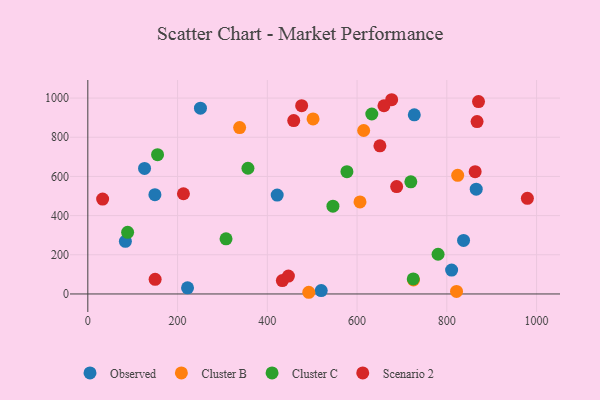
{"axis": {"x": "Speed", "y": "Demand"}, "legend": ["Cluster B", "Cluster C", "Observed", "Scenario 2"], "data": [{"x": "865.5", "y": 535.0, "type": "Observed"}, {"x": "520.1", "y": 17.1, "type": "Observed"}, {"x": "837.3", "y": 273.5, "type": "Observed"}, {"x": "727.5", "y": 914.3, "type": "Observed"}, {"x": "126.4", "y": 640.9, "type": "Observed"}, {"x": "810.7", "y": 122.0, "type": "Observed"}, {"x": "149.5", "y": 507.0, "type": "Observed"}, {"x": "83.7", "y": 268.6, "type": "Observed"}, {"x": "251.0", "y": 948.5, "type": "Observed"}, {"x": "222.2", "y": 31.2, "type": "Observed"}, {"x": "422.0", "y": 504.9, "type": "Observed"}, {"x": "821.6", "y": 13.0, "type": "Cluster B"}, {"x": "338.3", "y": 849.5, "type": "Cluster B"}, {"x": "614.7", "y": 834.5, "type": "Cluster B"}, {"x": "725.7", "y": 71.2, "type": "Cluster B"}, {"x": "492.4", "y": 8.6, "type": "Cluster B"}, {"x": "501.9", "y": 893.8, "type": "Cluster B"}, {"x": "824.2", "y": 605.6, "type": "Cluster B"}, {"x": "606.5", "y": 470.0, "type": "Cluster B"}, {"x": "725.2", "y": 76.9, "type": "Cluster C"}, {"x": "577.4", "y": 624.5, "type": "Cluster C"}, {"x": "308.0", "y": 281.4, "type": "Cluster C"}, {"x": "546.2", "y": 448.2, "type": "Cluster C"}, {"x": "632.8", "y": 918.8, "type": "Cluster C"}, {"x": "780.5", "y": 202.8, "type": "Cluster C"}, {"x": "155.4", "y": 711.0, "type": "Cluster C"}, {"x": "356.8", "y": 641.7, "type": "Cluster C"}, {"x": "719.8", "y": 572.4, "type": "Cluster C"}, {"x": "88.7", "y": 314.4, "type": "Cluster C"}, {"x": "863.1", "y": 624.1, "type": "Scenario 2"}, {"x": "213.1", "y": 511.6, "type": "Scenario 2"}, {"x": "150.0", "y": 74.8, "type": "Scenario 2"}, {"x": "870.6", "y": 982.3, "type": "Scenario 2"}, {"x": "433.5", "y": 68.3, "type": "Scenario 2"}, {"x": "447.0", "y": 91.4, "type": "Scenario 2"}, {"x": "458.8", "y": 885.4, "type": "Scenario 2"}, {"x": "33.0", "y": 484.4, "type": "Scenario 2"}, {"x": "677.1", "y": 991.6, "type": "Scenario 2"}, {"x": "659.9", "y": 960.9, "type": "Scenario 2"}, {"x": "650.9", "y": 756.1, "type": "Scenario 2"}, {"x": "979.5", "y": 488.4, "type": "Scenario 2"}, {"x": "867.4", "y": 880.0, "type": "Scenario 2"}, {"x": "688.2", "y": 548.2, "type": "Scenario 2"}, {"x": "476.5", "y": 961.2, "type": "Scenario 2"}]}